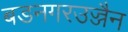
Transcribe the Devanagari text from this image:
बडनगरउज्जैन